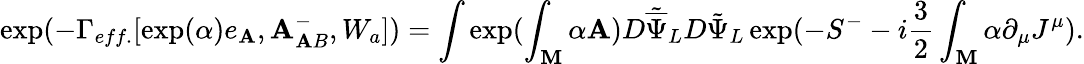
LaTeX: \exp(-\Gamma_{eff.}[\exp({\alpha})e_{\mathbf{A}},\mathbf{A}_{\mathbf{A}B}^{-},W_{a}])=\int\exp(\int_{\mathbf{M}}\alpha\mathbf{A})D{\tilde{{\overline{{{\Psi}}}}}}_{L}D{\tilde{{\Psi}}}_{L}\exp(-S^{-}-i\frac{{3}}{{2}}\int_{\mathbf{M}}\alpha\partial_{\mu}J^{\mu}).